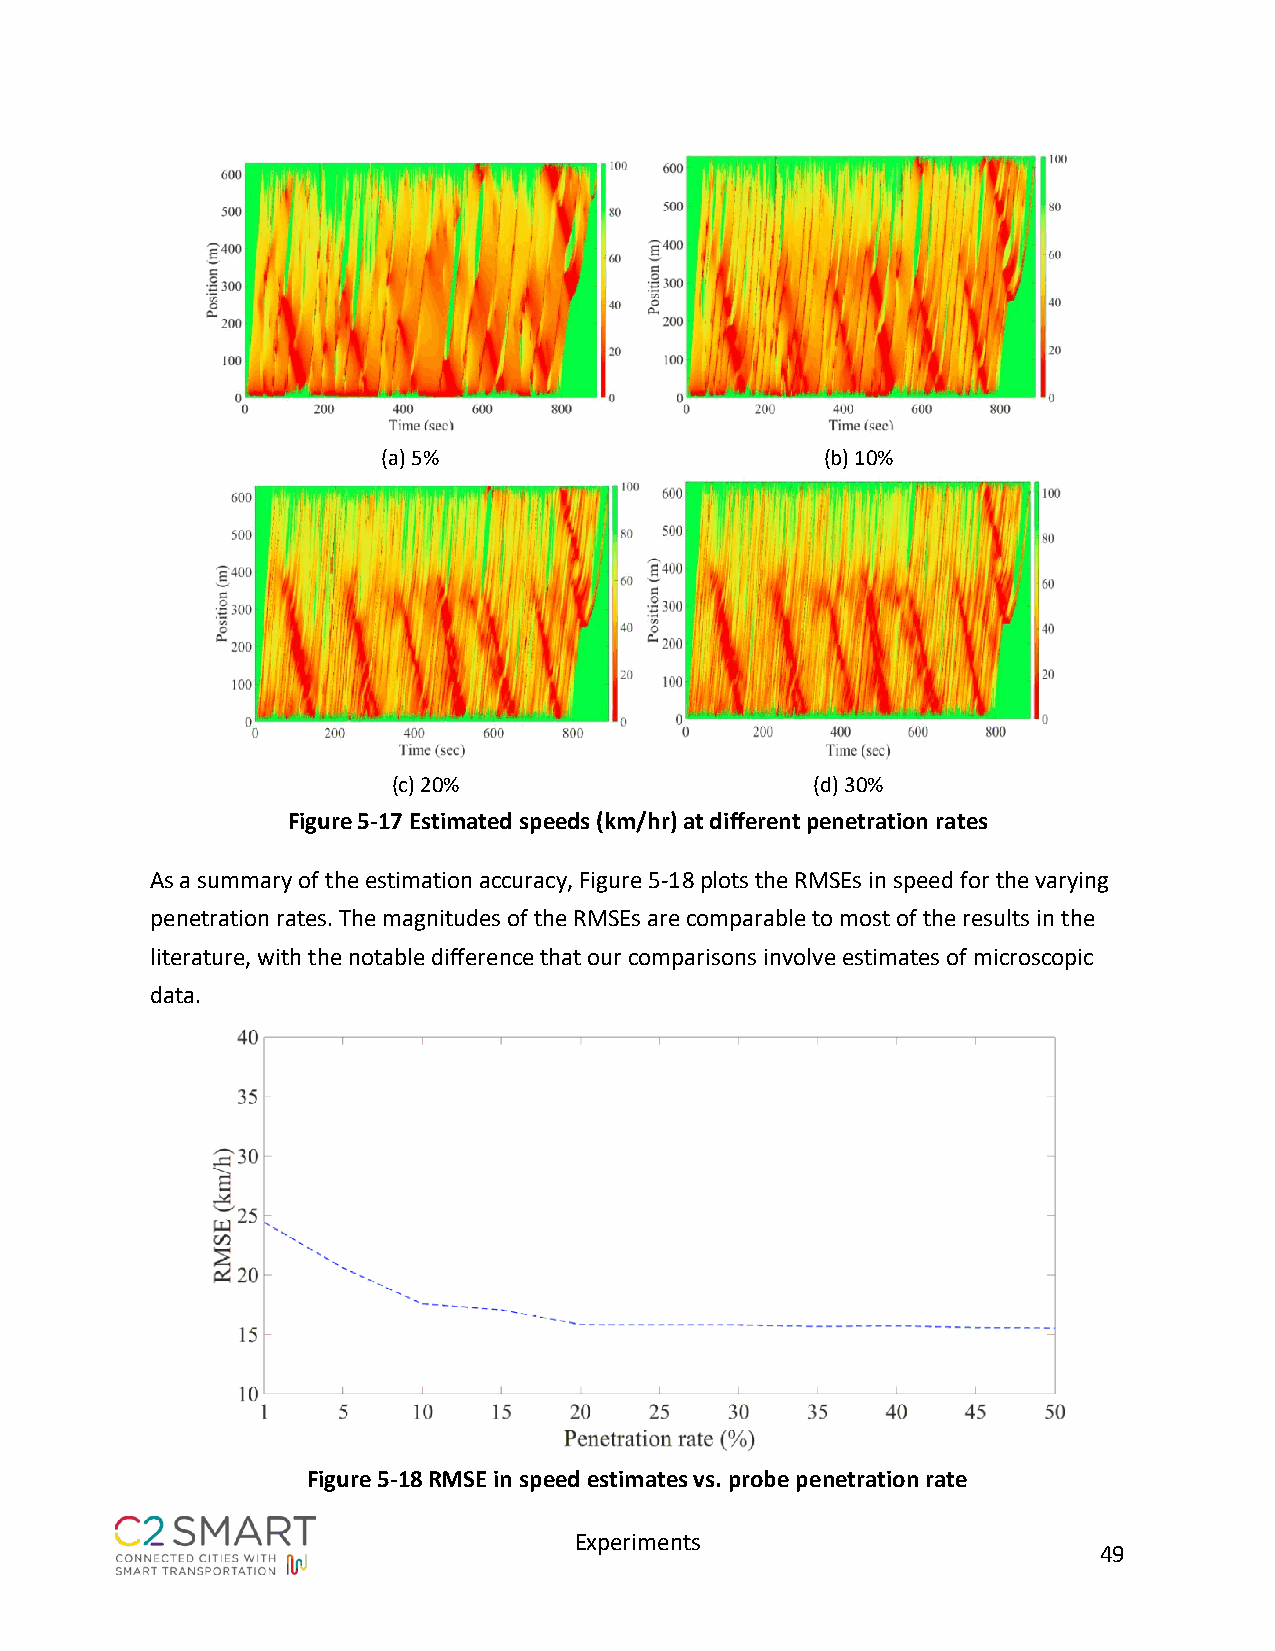
(a) 5%                        (b) 10%
 (c) 20%                     (d) 30%
 Figure 5-17 Estimated speeds (km/hr) at different penetration rates
 As a summary of the estimation accuracy, Figure 5-18 plots the RMSEs in speed for the varying
 penetration rates. The magnitudes of the RMSEs are comparable to most of the results in the
 literature, with the notable difference that our comparisons involve estimates of microscopic
 data.
 Figure 5-18 RMSE in speed estimates vs. probe penetration rate
 Experiments
 49